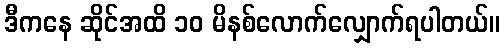
ဒီကနေ ဆိုင်အထိ ၁၀ မိနစ်လောက်လျှောက်ရပါတယ်။